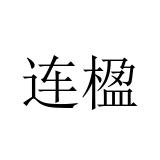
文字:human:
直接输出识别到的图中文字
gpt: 连楹